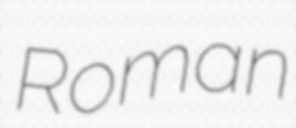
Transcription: Roman